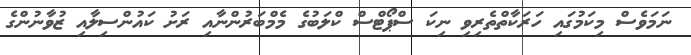
ނަމަވެސް މިކަމުގައި ހަރަކާތްތެރިވި ނިކަ ސްޕޯޓްސް ކްލަބުގެ މެމްބަރުންނާއި ރަށު ކައުންސިލާއި ޒުވާނުންގެ